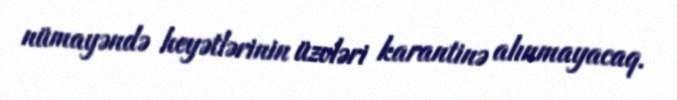
nümayəndə heyətlərinin üzvləri karantinə alınmayacaq.